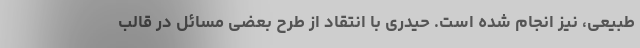
طبیعی، نیز انجام شده است. حیدری با انتقاد از طرح بعضی مسائل در قالب